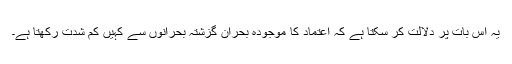
یہ اس بات پر دلالت کر سکتا ہے کہ اعتماد کا موجودہ بحران گزشتہ بحرانوں سے کہیں کم شدت رکھتا ہے۔